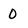
Character: 0